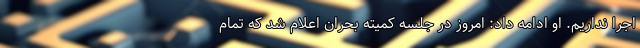
اجرا نداریم. او ادامه داد: امروز در جلسه کمیته بحران اعلام شد که تمام